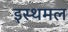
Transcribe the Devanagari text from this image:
इस्थमल